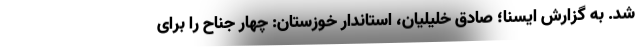
شد. به گزارش ایسنا؛ صادق خلیلیان، استاندار خوزستان: چهار جناح را برای